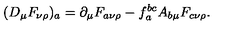
( D _ { \mu } F _ { \nu \rho } ) _ { a } = \partial _ { \mu } F _ { a \nu \rho } - f _ { a } ^ { b c } A _ { b \mu } F _ { c \nu \rho } .